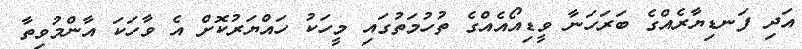
އަދި ފަނޑިޔާރެއްގެ ބަރަހަނާ ވީޑިއޯއެއްގެ ތުހުމަތުގައި މީހަކު ހައްޔަރުކޮށް އެ ވާހަކަ އާންމުވިތާ